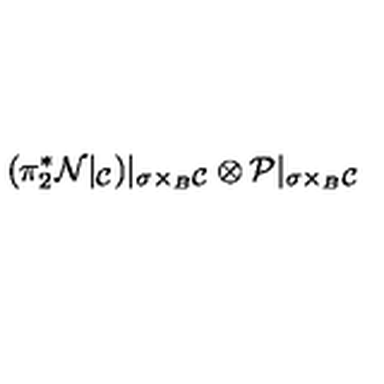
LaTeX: ( \pi _ { 2 } ^ { * } { \cal N } | _ { { \cal { C } } } ) | _ { \sigma \times _ { B } { \cal { C } } } \otimes { \cal { P } } | _ { \sigma \times _ { B } { \cal { C } } }